Vaccine operations Central Provinces 1868-1885 - 1868-1885
Year: 1868
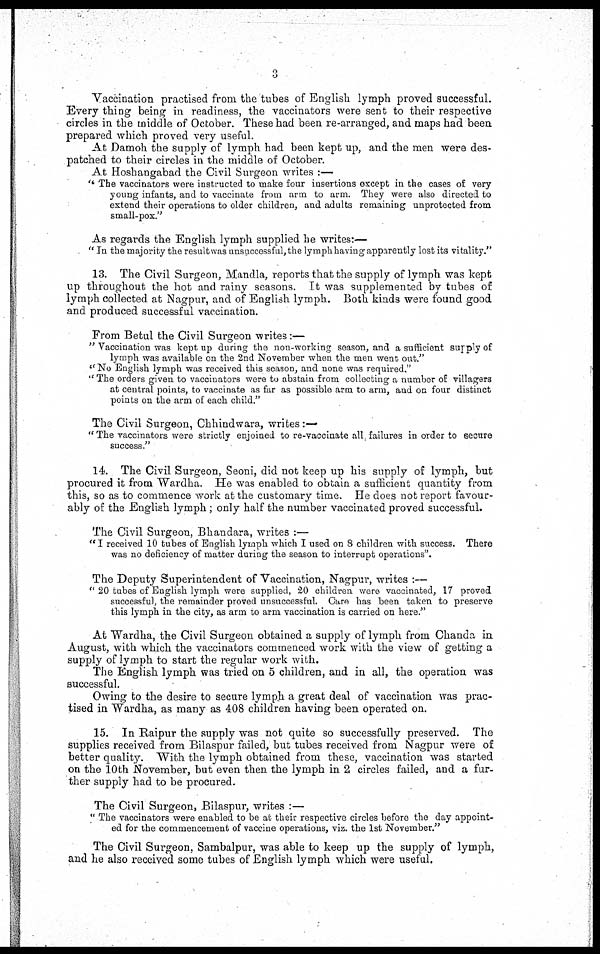
3
Vaccination practised from the tubes of English lymph proved successful.
Every thing being in readiness, the vaccinators were sent to their respective
circles in the middle of October. These had been re-arranged, and maps had been
prepared which proved very useful.
At Damoh the supply of lymph had been kept up, and the men were des-
patched to their circles in the middle of October.
At Hoshangabad the Civil Surgeon writes :—
" The vaccinators were instructed to make four insertions except in the cases of very
young infants, and to vaccinate from arm to arm. They were also directed to
extend their operations to older children, and adults remaining unprotected from
small-pox."
As regards the English lymph supplied he writes:—
" In the majority the result was unsuccessful, the lymph having apparently lost its vitality."
13. The Civil Surgeon, Mandla, reports that the supply of lymph was kept
up throughout the hot and rainy seasons. It was supplemented by tubes of
lymph collected at Nagpur, and of English lymph. Both kinds were found good
and produced successful vaccination.
From Betul the Civil Surgeon writes:—
" Vaccination was kept up during the non-working season, and a sufficient supply of
lymph was available on the 2nd November when the men went out. "
" No English lymph was received this season, and none was required."
" The orders given to vaccinators were to abstain from collecting a number of villagers
at central points, to vaccinate as far as possible arm to arm, and on four distinct
points on the arm of each child."
The Civil Surgeon, Chhindwara, writes :—
" The vaccinators were strictly enjoined to re-vaccinate all, failures in order to secure
success."
14. The Civil Surgeon, Seoni, did not keep up his supply of lymph, but
procured it from Wardha. He was enabled to obtain a sufficient quantity from
this, so as to commence work at the customary time. He does not report favour-
ably of the English lymph; only half the number vaccinated proved successful.
The Civil Surgeon, Bhandara, writes :—
" I received 10 tubes of English lymph which I used on 8 children with success. There
was no deficiency of matter during the season to interrupt operations".
The Deputy Superintendent of Vaccination, Nagpur, writes :—
" 20 tubes of English lymph were supplied, 20 children were vaccinated, 17 proved
successful, the remainder proved unsuccessful. Care has been taken to preserve
this lymph in the city, as arm to arm vaccination is carried on here."
At Wardha, the Civil Surgeon obtained a supply of lymph from Chanda in
August, with which the vaccinators commenced work with the view of getting a
supply of lymph to start the regular work with.
The English lymph was tried on 5 children, and in all, the operation was
successful.
Owing to the desire to secure lymph a great deal of vaccination was prac-
tised in Wardha, as many as 408 children having been operated on.
15. In Raipur the supply was not quite so successfully preserved. The
supplies received from Bilaspur failed, but tubes received from Nagpur were of
better quality. With the lymph obtained from these, vaccination was started
on the 10th November, but even then the lymph in 2 circles failed, and a fur-
ther supply had to be procured.
The Civil Surgeon, Bilaspur, writes :—
" The vaccinators were enabled to be at their respective circles before the day appoint-
ed for the commencement of vaccine operations, viz. the 1st November."
The Civil Surgeon, Sambalpur, was able to keep up the supply of lymph,
and he also received some tubes of English lymph which were useful.